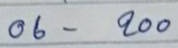
06 - 200